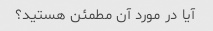
آیا در مورد آن مطمئن هستید؟